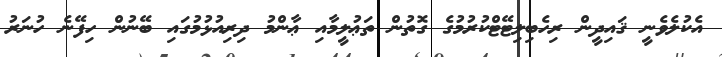
އެކުލެވެނީ ޤައިދީން ރިހެބިލިޓޭޓްކުރުމުގެ ގޮތުން ތަޢުލީމާއި ޢާންމު ދިރިއުޅުމުގައި ބޭނުން ހިފޭނެ ހުނަރު